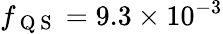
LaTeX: f_{\mathrm{~Q~S~}}=9.3\times 10^{-3}